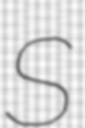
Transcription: S